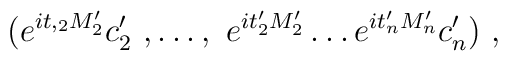
(e^{it,_2 M'_2}c'_2\ ,\ldots,\ e^{it'_2 M'_2}\ldots e^{it'_n M'_n}c'_n)\ ,